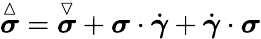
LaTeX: \overset\vartriangle{\boldsymbol{\sigma}}=\overset\triangledown{\boldsymbol{\sigma}}+\boldsymbol{\sigma}\cdot\dot{\boldsymbol{\gamma}}+\dot{\boldsymbol{\gamma}}\cdot\boldsymbol{\sigma}